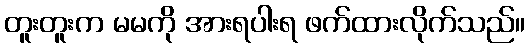
တူးတူးက မမကို အားရပါးရ ဖက်ထားလိုက်သည်။